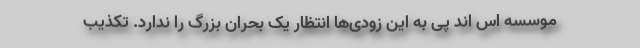
موسسه اس اند پی به این زودی‌ها انتظار یک بحران بزرگ را ندارد. تکذیب